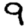
Digit: 9